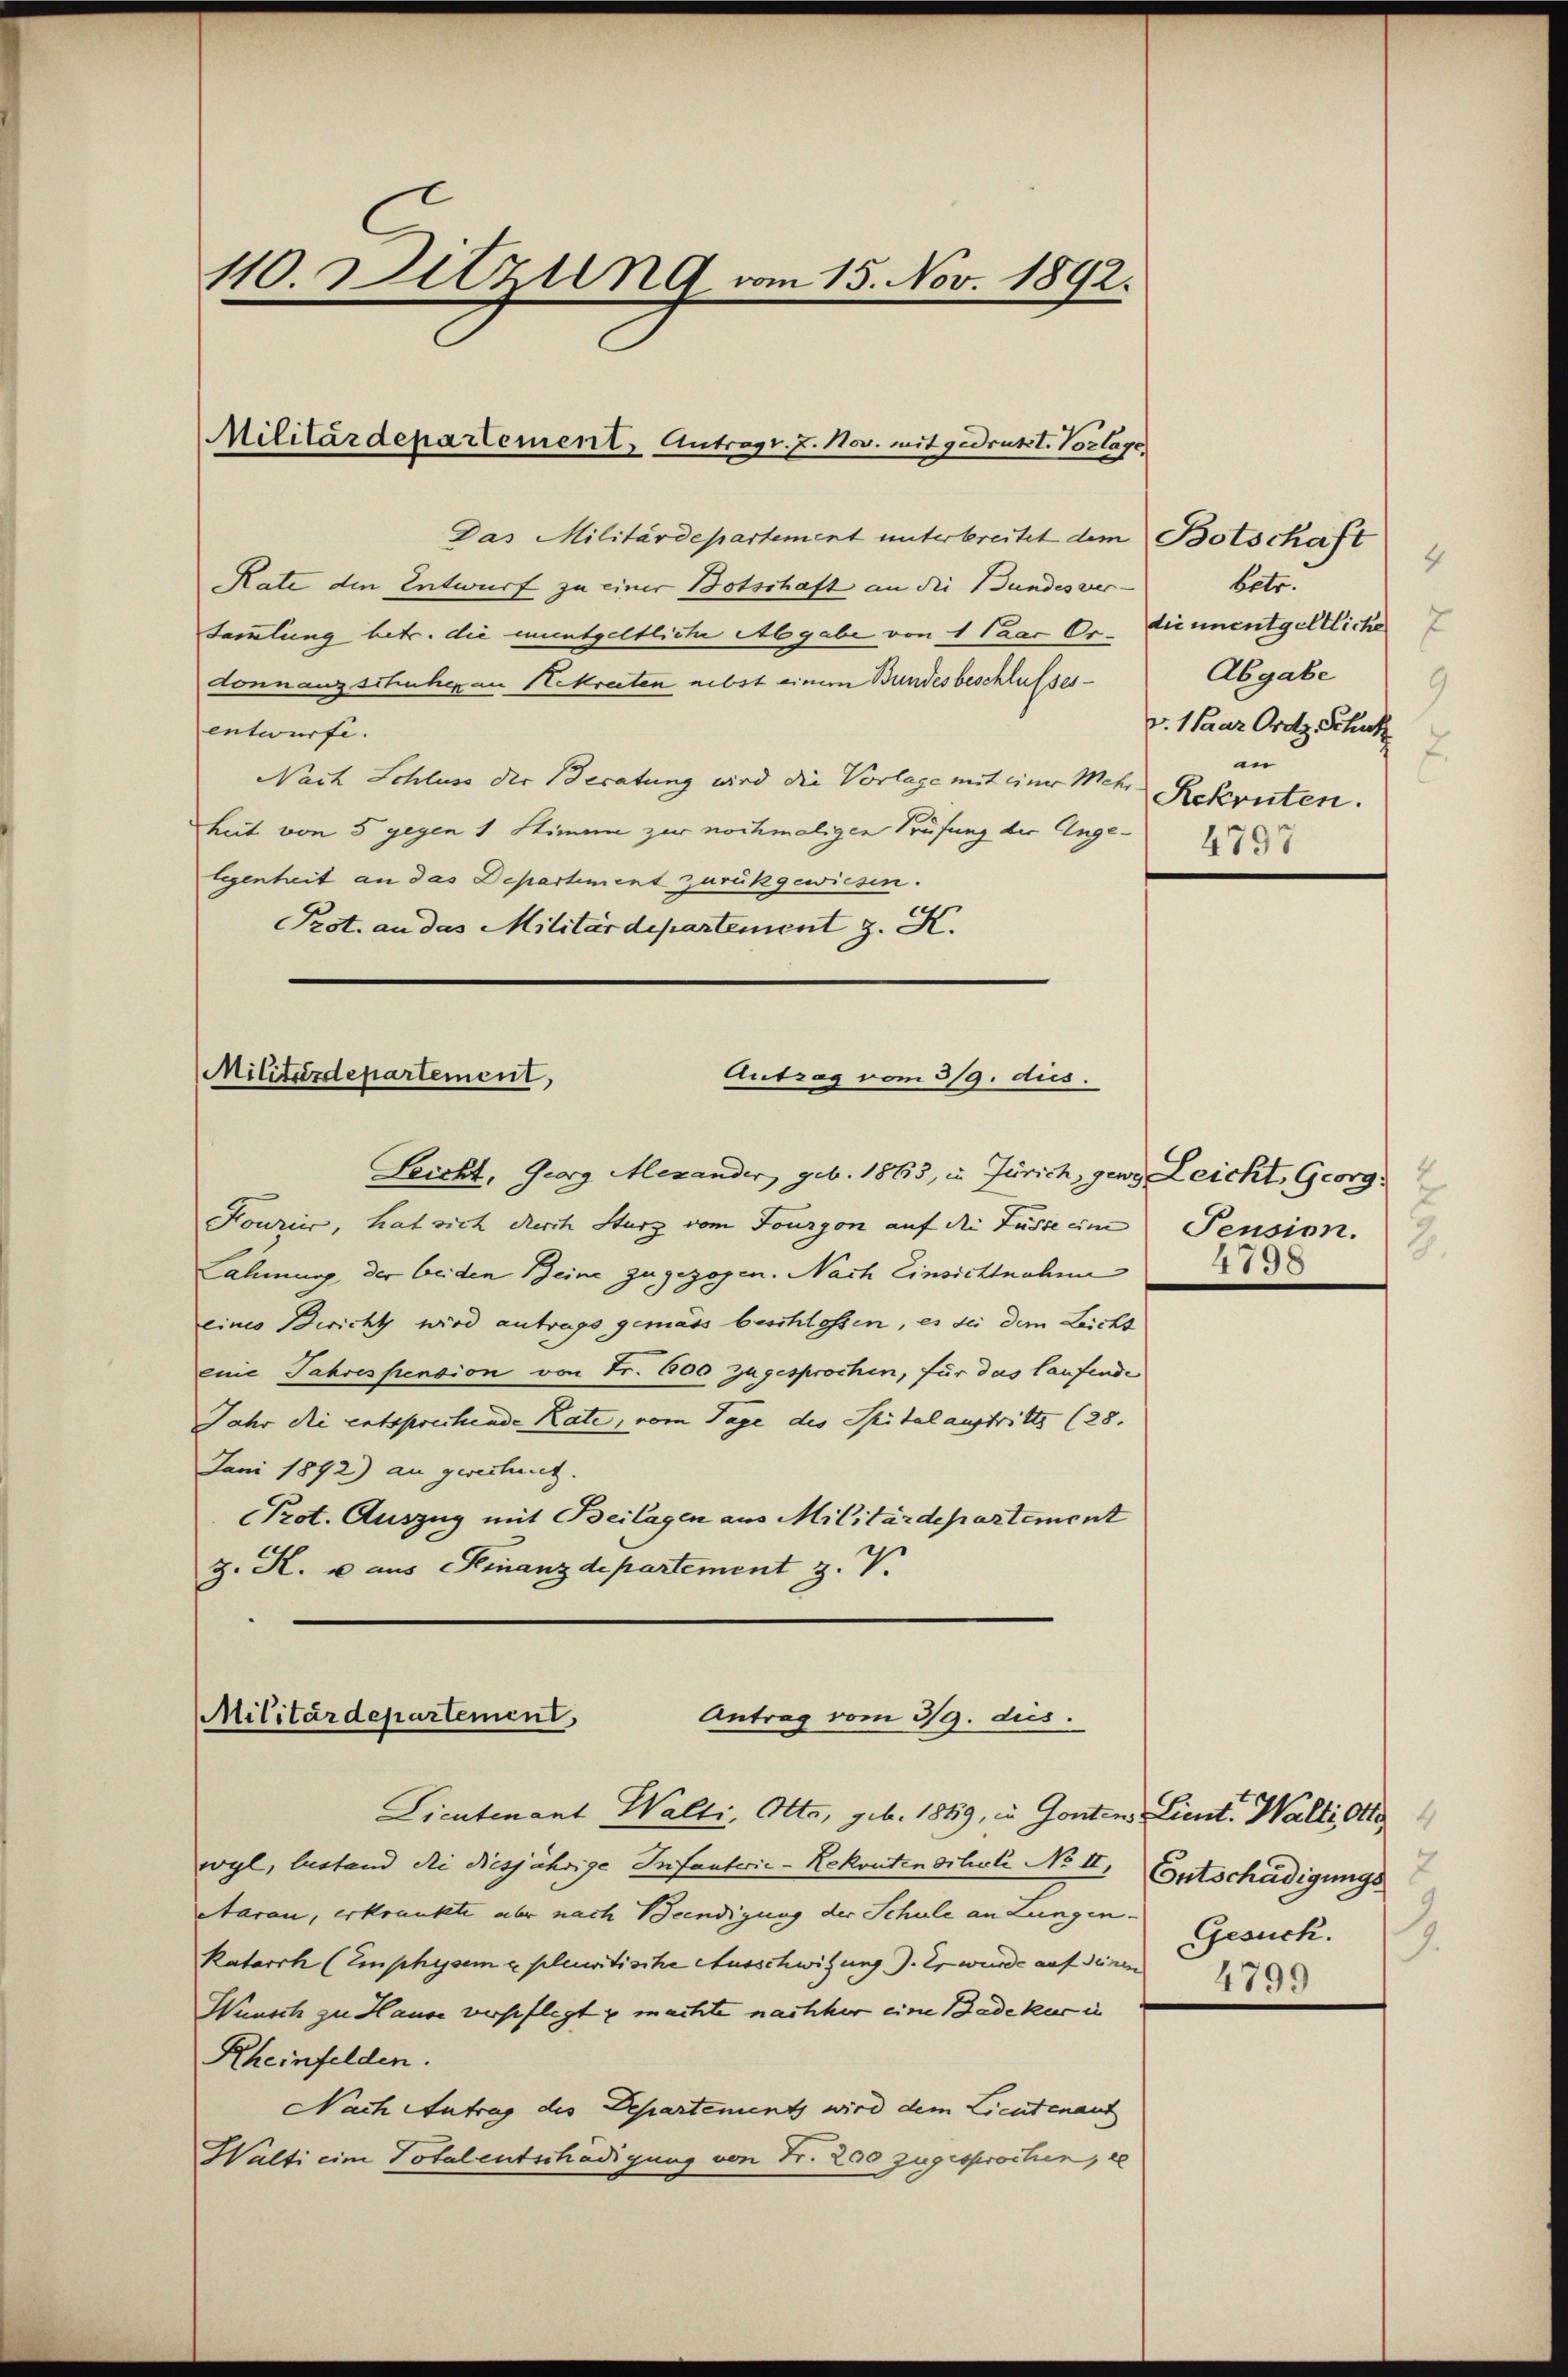
110 Ditzung vom 15. Nov. 1892.

Das Militärdepartement unterbreitet dem Botschaft
Rate den Entwurf zu einer Botschaft an die Bundesver-
Sammlung betr. die müntgeltliche Abgabe von 1 Paar Dr. Lieunentgeltlicher
Lonnanzschuhe an Sekreten nebst einem Bundesbeschlusses
entwurfe.
Nach Schluss der Beratung wird die Vorlage mit zur Mehr Rekruten.
keit von 5 gegen 1 Stimme zur nochmaligen Prüfung der Angelegenheit an das Departement zurückgewiesen.
Prot. an das Militärdepartement z. K.

Militärdepartement Antragt. 7. Nov. mit gedrukt. Vorlage

Militärdepartement,
Antrag vom 3/9. dies.

Leicht, Georg Mexander, geb. 1863, in Zürich, gewo Leicht, Georg
Fourier, hat sich durch Sturz vom Fourgon auf die Füsse im Pension.
Cahmung der beiden Beine zugezogen. Nach Einsichtnahme
eines Bericht wird antrags gemäss beschlossen, es sei dem Leicht
eine Fahrespension von Fr. 600 zugesprochen, für das laufende
Jahr di entsprechende Rate, vom Tage des Spital austritte (28.
Juni 1892) an gerechnet.
Prot. Auszug mit Beilagen aus Militärdepartement
z. K. u aus Finanzdepartement z. V.

Antrag vom 3/9. dies
Militärdepartement,

Lieutenant Walli, Otto, geb. 1859, in Gonten Lient. Walti Otte
wyl, bestand die diesjährige Infanterie-Rekontenschali No II. Entschädigungs
Aarau, erkrankte aber nach Beendigung der Schule an Lungen-
Ratarrh (Emphysem e pluritische Ausschwitzung). Er wurde auf denen
Wunsch zu Hause verspflegte machte nachher eine Bade kur in
Rheinfelden.
Nach Antrag des Departement wird dem Lieutenant
Walti eine Totalentschädigung von Fr. 200 zugesprochen, de

4
betr.
Abgabe
G
v. 1 Paar Ordz Schut
an
4797

4798

Gesuch.
.